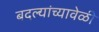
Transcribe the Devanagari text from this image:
बदल्यांच्यावेळी